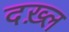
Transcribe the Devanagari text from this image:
दख़्ल